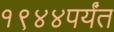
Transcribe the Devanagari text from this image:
१९४४पर्यंत